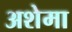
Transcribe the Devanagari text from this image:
अशेमा